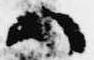
ハ